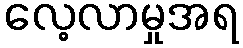
လေ့လာမှုအရ